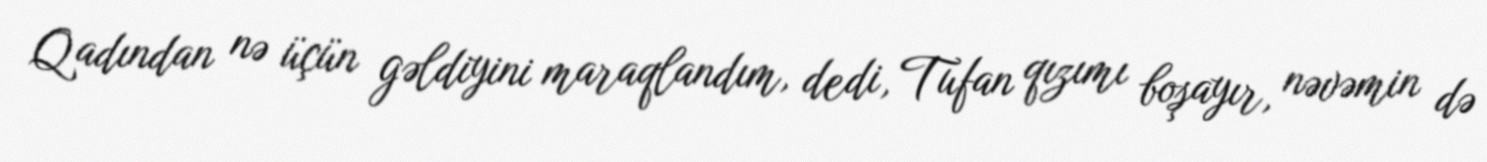
Qadından nə üçün gəldiyini maraqlandım, dedi, Tufan qızımı boşayır, nəvəmin də